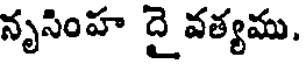
నృసింహ దై వత్యము.